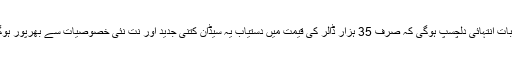
یہ بات انتہائی دلچسپ ہوگی کہ صرف 35 ہزار ڈالر کی قیمت میں دستیاب یہ سیڈان کتنی جدید اور نت نئی خصوصیات سے بھرپور ہوگی۔